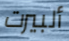
ألبيرت